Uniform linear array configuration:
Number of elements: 4
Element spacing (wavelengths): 0.5
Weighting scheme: exponential
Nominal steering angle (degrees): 45
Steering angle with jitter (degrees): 45.054
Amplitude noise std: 0.05
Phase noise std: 0.05

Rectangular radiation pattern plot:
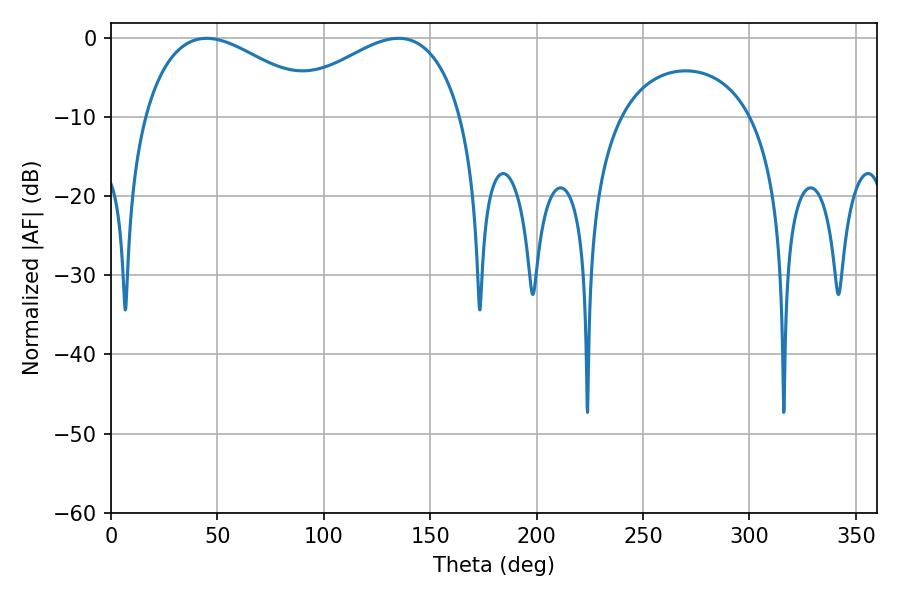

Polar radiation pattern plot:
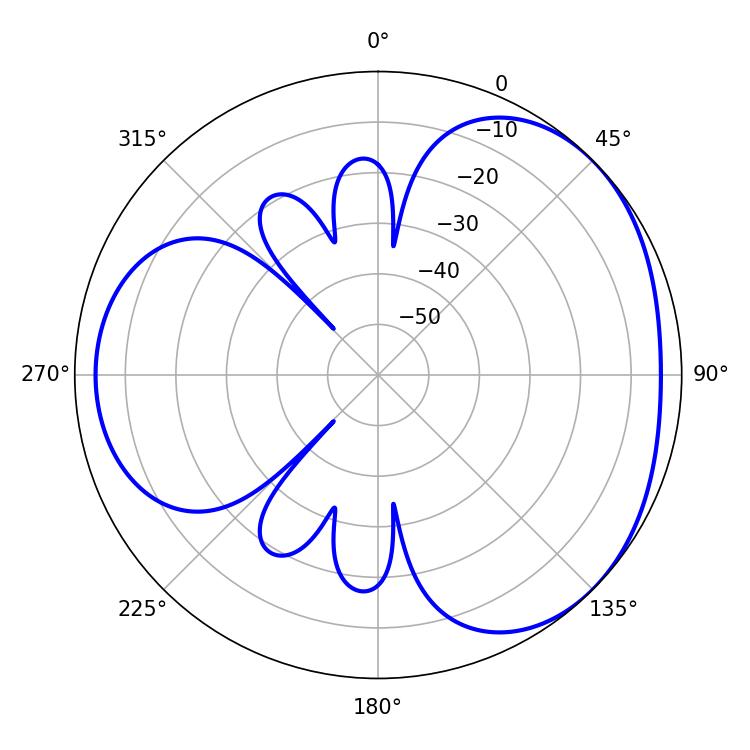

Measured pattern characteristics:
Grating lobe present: FALSE
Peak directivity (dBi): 3.279
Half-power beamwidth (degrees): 46.8
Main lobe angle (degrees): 45